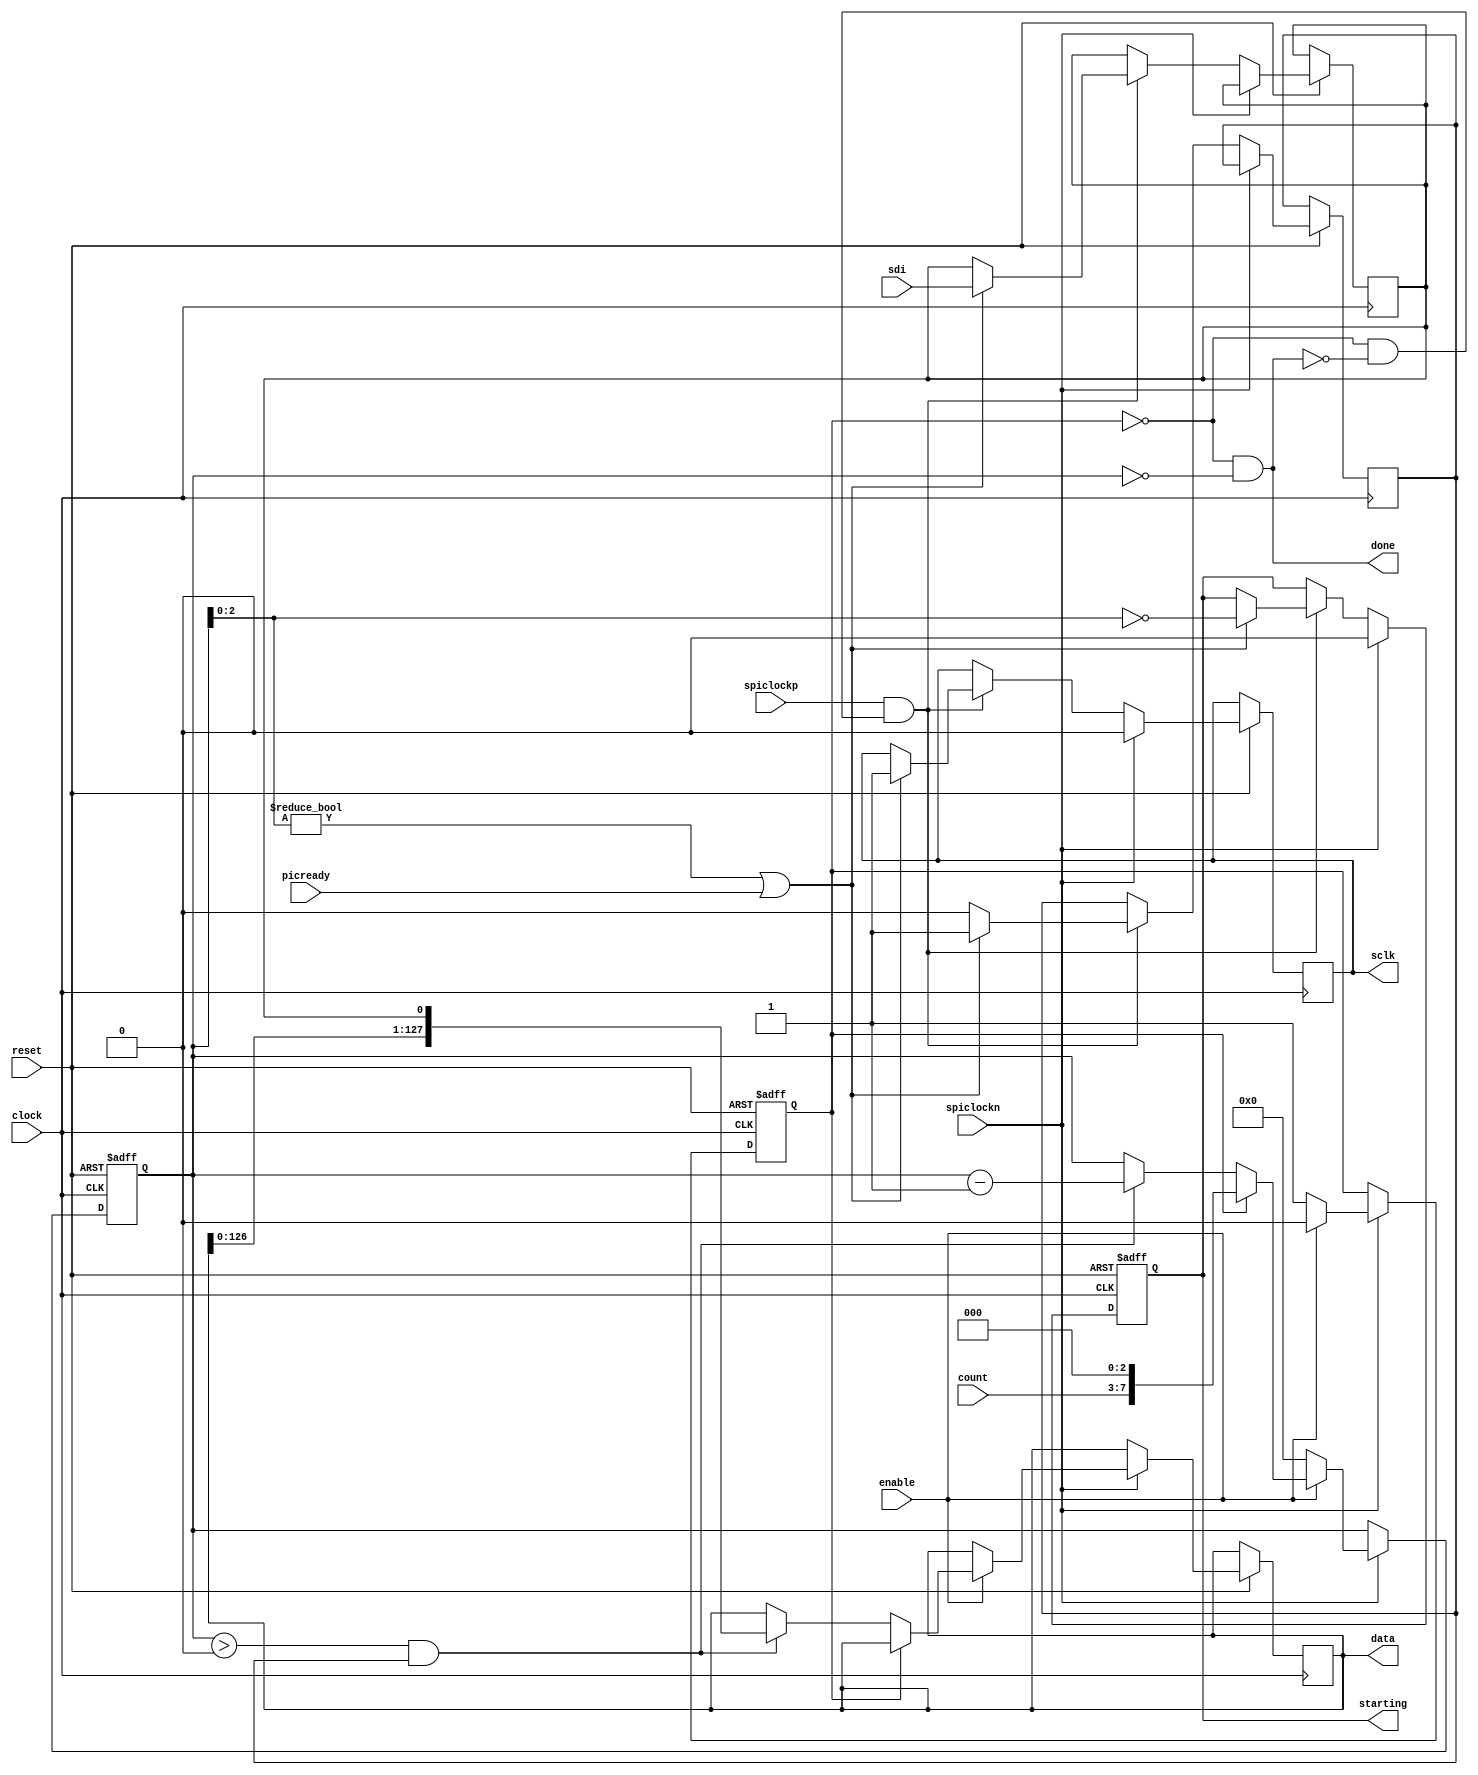
module spi_receive_data (clock, reset, enable, sdi,
                          count, sclk, done, data, spiclockp, spiclockn,
                          picready, starting);
    input clock, spiclockp, spiclockn;
    input reset;
    input [4:0] count;
    input       enable, sdi, picready;
    output      sclk, starting, done;
    output [127:0] data;
    wire   clock;
    wire   enable;
    wire [127:0] data;
    wire [4:0]  count;
    reg         sclk, starting;
    wire        sdi, picready;
    reg [127:0] latch;
    reg [7:0]   left;
    reg         sample, ready, receive_next;
    wire        receiving, done;
    always @(negedge clock or negedge reset)
      if (~reset)
        begin
           ready <= 1;
           left  <= 0;
           starting <= 0;
        end
      else
        begin
           if (spiclockn)
             begin
                sclk     <= 0;
                starting <= 0;
                if (~enable)
                  begin
                     ready <= 1;
                     left  <= 0;
                  end
                else if (ready)
                  begin
                     left         <= {count, 3'b0};
                     ready        <= 0;
                  end
                else if (left > 0 && receive_next)
                  begin
                     latch <= {latch[126:0], sample};
                     left  <= left - 8'd1;
                  end
             end
           else if (spiclockp && receiving)
             if (left[2:0] != 3'b000 | picready)
               begin
                  sample       <= sdi;
                  sclk         <= 1;
                  receive_next <= 1;
                  starting     <= left[2:0] == 3'b000;
               end
             else receive_next <= 0;
        end
    assign done = ~ready & (left == 0);
    assign receiving = ~ready & ~done;
    assign data = latch;
endmodule